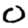
Digit: 0